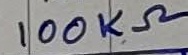
Text: 100KΩ